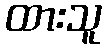
ထားသူ